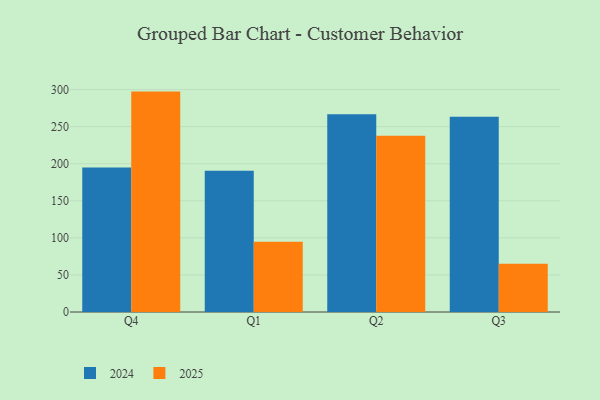
{"axis": {"x": "Quarter", "y": "LTV (USD)"}, "legend": ["2024", "2025"], "data": [{"x": "Q4", "y": 297.2, "type": "2025"}, {"x": "Q4", "y": 195.0, "type": "2024"}, {"x": "Q1", "y": 94.7, "type": "2025"}, {"x": "Q1", "y": 190.6, "type": "2024"}, {"x": "Q2", "y": 237.7, "type": "2025"}, {"x": "Q2", "y": 266.7, "type": "2024"}, {"x": "Q3", "y": 65.0, "type": "2025"}, {"x": "Q3", "y": 263.2, "type": "2024"}]}